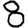
Digit: 8